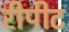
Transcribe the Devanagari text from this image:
रीपीट